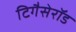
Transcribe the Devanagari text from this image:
टिगैसेरॉड